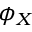
\phi _ { X }